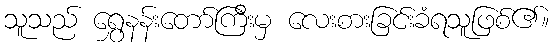
သူသည် ရွှေနန်းတော်ကြီးမှ လေးစားခြင်းခံရသူဖြစ်၏။